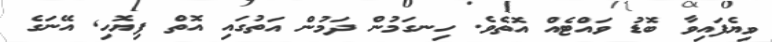
ވިޔެފައިވާ ބޮޑު ވައްޓެއް އޮތެވެ. ހިނގަމުން ދަމުން އަތުގައި އޮތް ފިޔޮހި